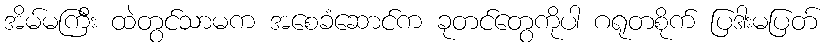
အိမ်မကြီး ထဲတွင်သာမက အစေခံဆောင်က ခုတင်တွေကိုပါ ဂရုတစိုက် ပြဒါးမပြတ်